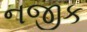
નજીક